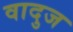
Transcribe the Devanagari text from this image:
वादुज